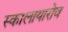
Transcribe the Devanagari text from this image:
स्कालायारोव